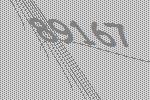
89167